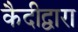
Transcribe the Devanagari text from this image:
कैदीद्वारा